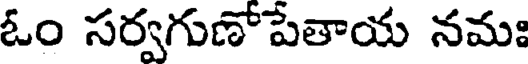
ఓం సర్వగుణోపేతాయ నమః